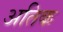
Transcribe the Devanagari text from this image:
अतिक